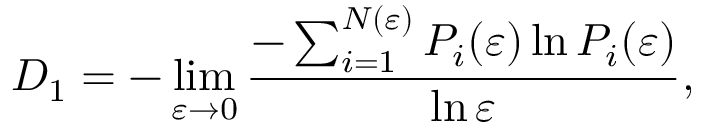
D _ { 1 } = - \operatorname* { l i m } _ { \varepsilon \to 0 } \frac { - \sum _ { i = 1 } ^ { N ( \varepsilon ) } P _ { i } ( \varepsilon ) \ln { P _ { i } ( \varepsilon ) } } { \ln { \varepsilon } } ,